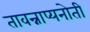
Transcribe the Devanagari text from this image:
तावन्नाप्यनोती